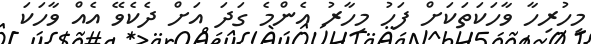
މިހުރިހާ ވާހަކަތަކަށް ފަހު މިހާރު އެންމެ ގަދަ އަށް ދެކެވޭ އެއް ވާހަކަ